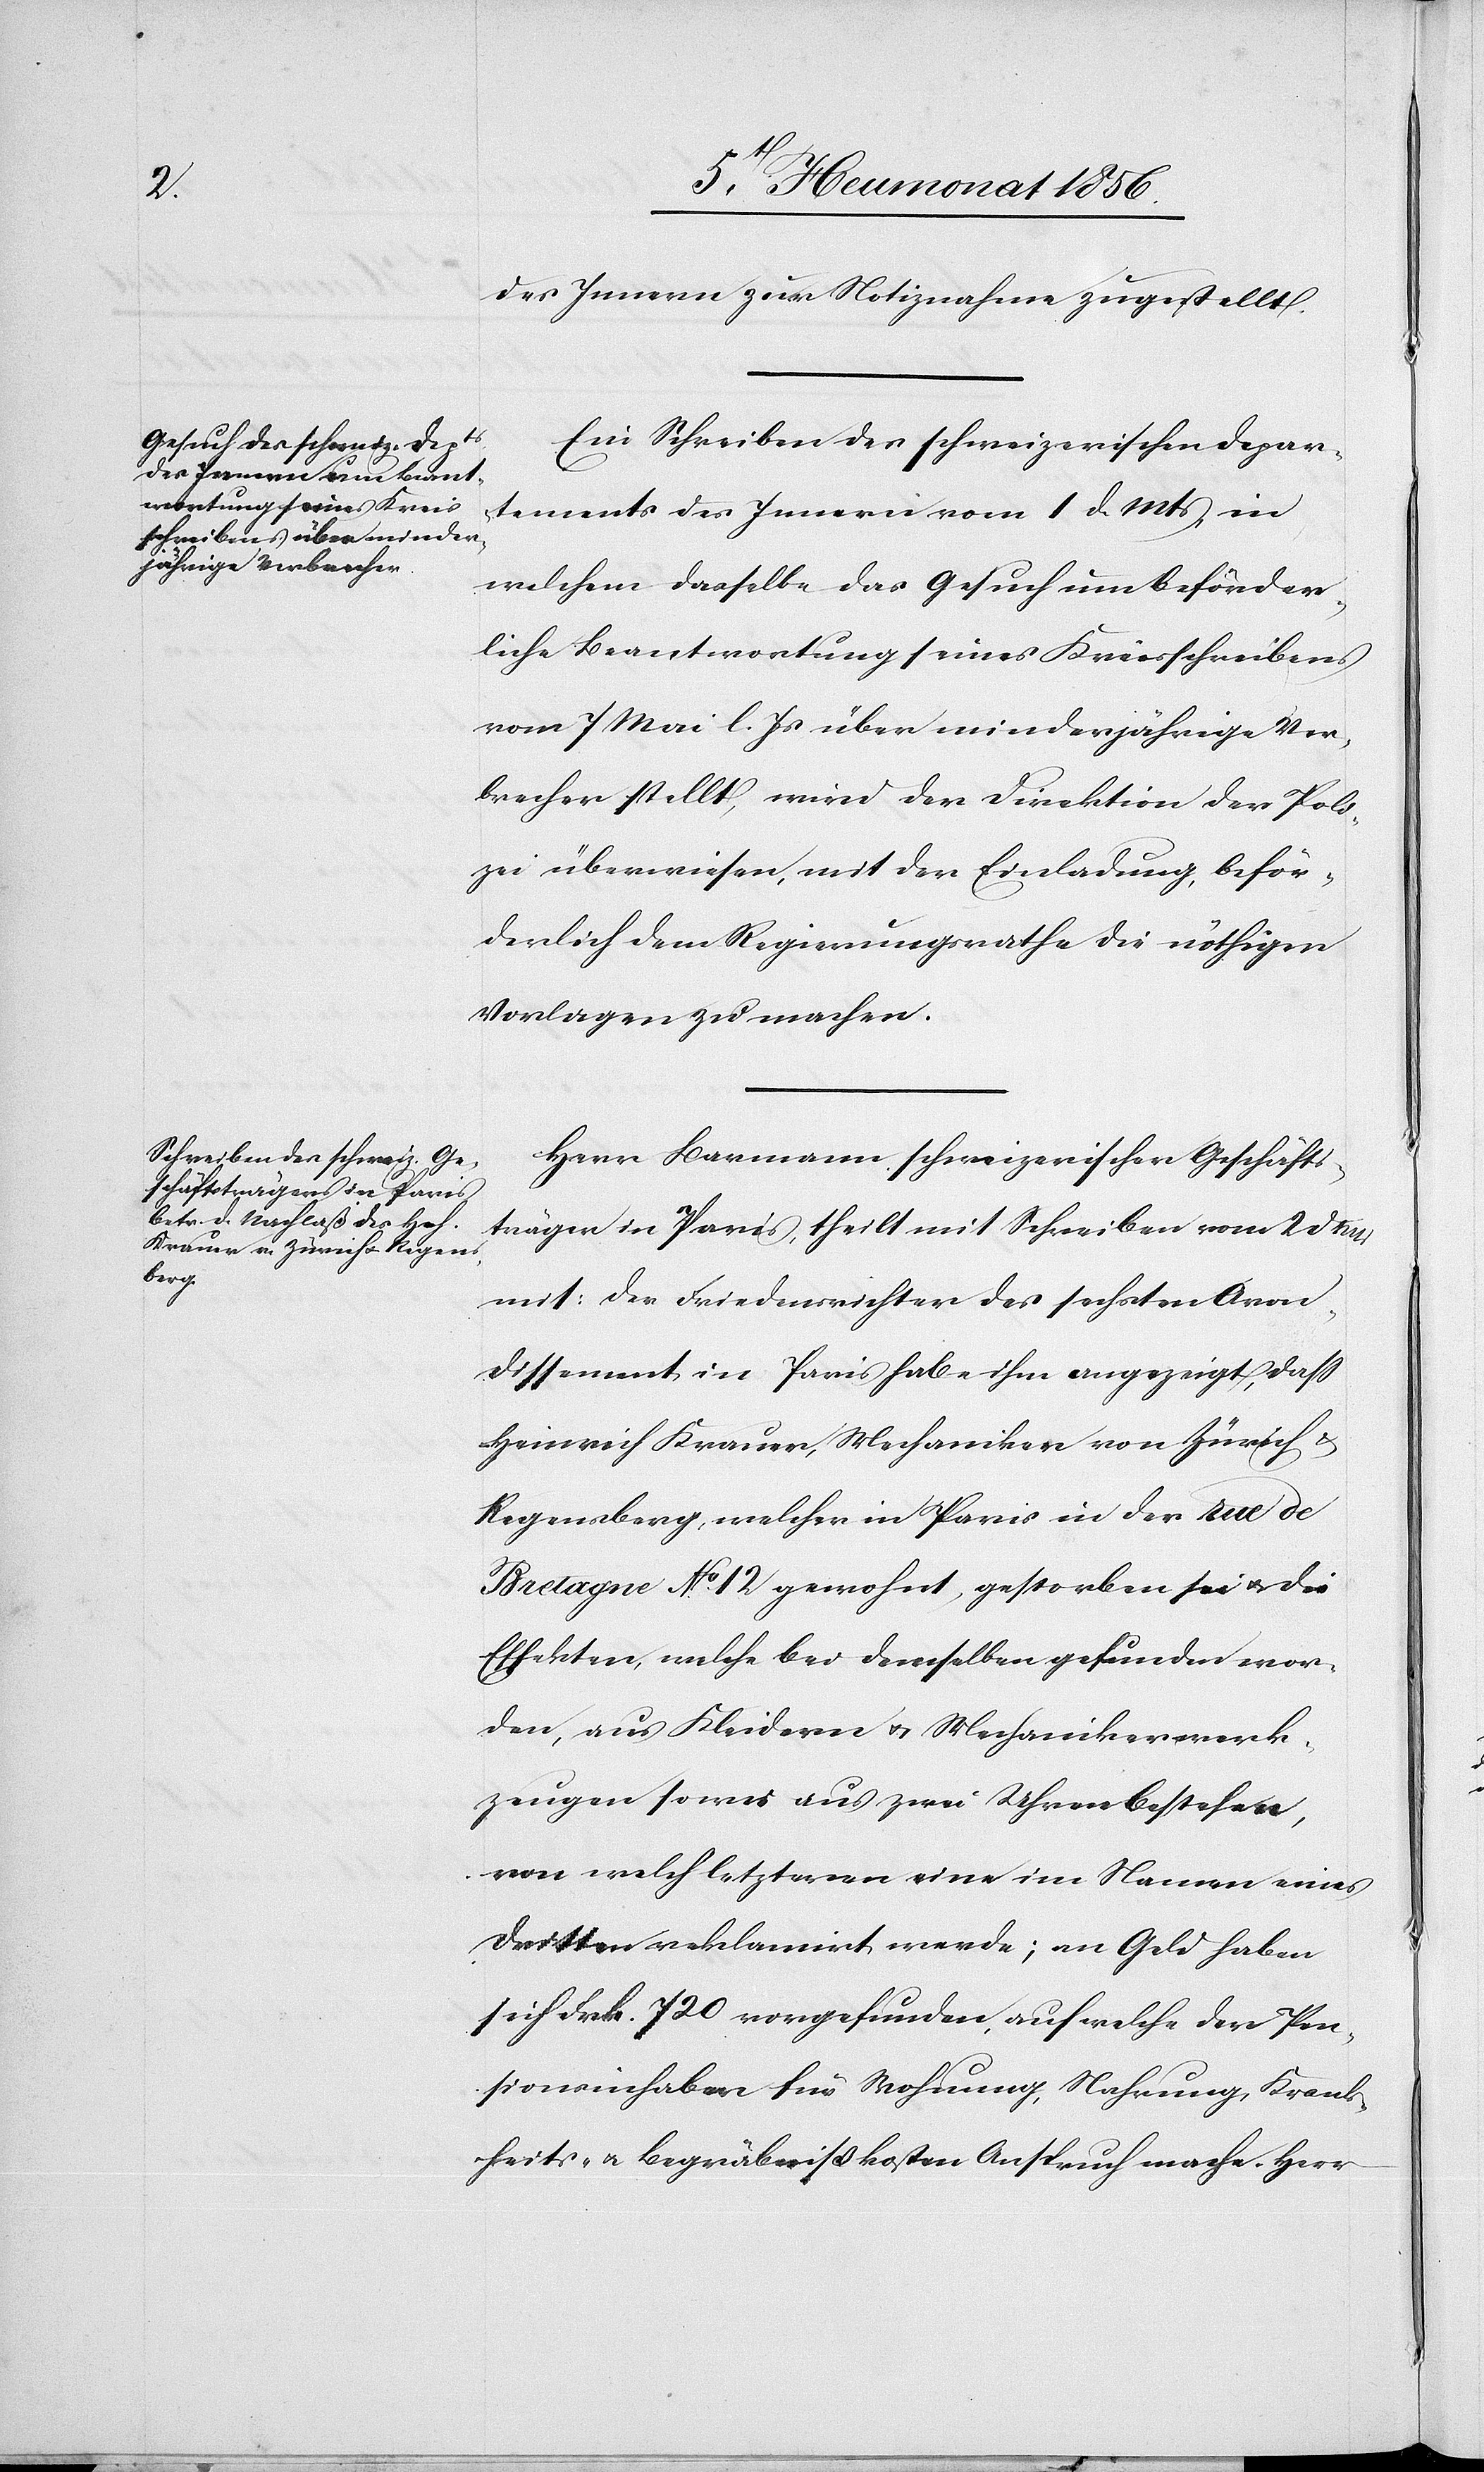
des Innern zur Notiznahme zugestellt.
Ein Schreiben des schweizerischen Depar¬
tements des Innern vom 1 d. Mts, in
welchem dasselbe das Gesuch um beförder¬
liche Beantwortung seines Kreisschreibens
vom 7 Mai l. Js über minderjährige Ver¬
brecher stellt, wird der Direktion der Poli¬
zei überwiesen, mit der Einladung, beför¬
derlich dem Regierungsrathe die nöthigen
Vorlagen zu machen.
Herr Barmann, schweizerischer Geschäfts¬
träger in Paris, theilt mit Schreiben vom 2 d. Mts
mit: Der Friedensrichter des sechsten Aron¬
dissement in Paris habe ihm angezeigt, dass
Heinrich Krauer, Mechaniker von Zürich &
Regensberg, welcher in Paris in der rue de
Bretagne No 12 gewohnt, gestorben sei u. die
Effekten, welche bei demselben gefunden wor¬
den, aus Kleidern u. Mechanikerwerk¬
zeugen sowie aus zwei Uhren bestehen,
von welch letzteren eine im Namen eines
Dritten reklamirt werde; an Geld haben
sich Frk. 720 vorgefunden, auf welche der Pen¬
sionsinhaber für Wohnung, Nahrung, Krank¬
heits- u. Begräbnißkosten Anspruch mache. Herr